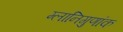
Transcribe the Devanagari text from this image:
म्लानिगुणांक